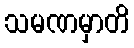
သမဏမှာတိ